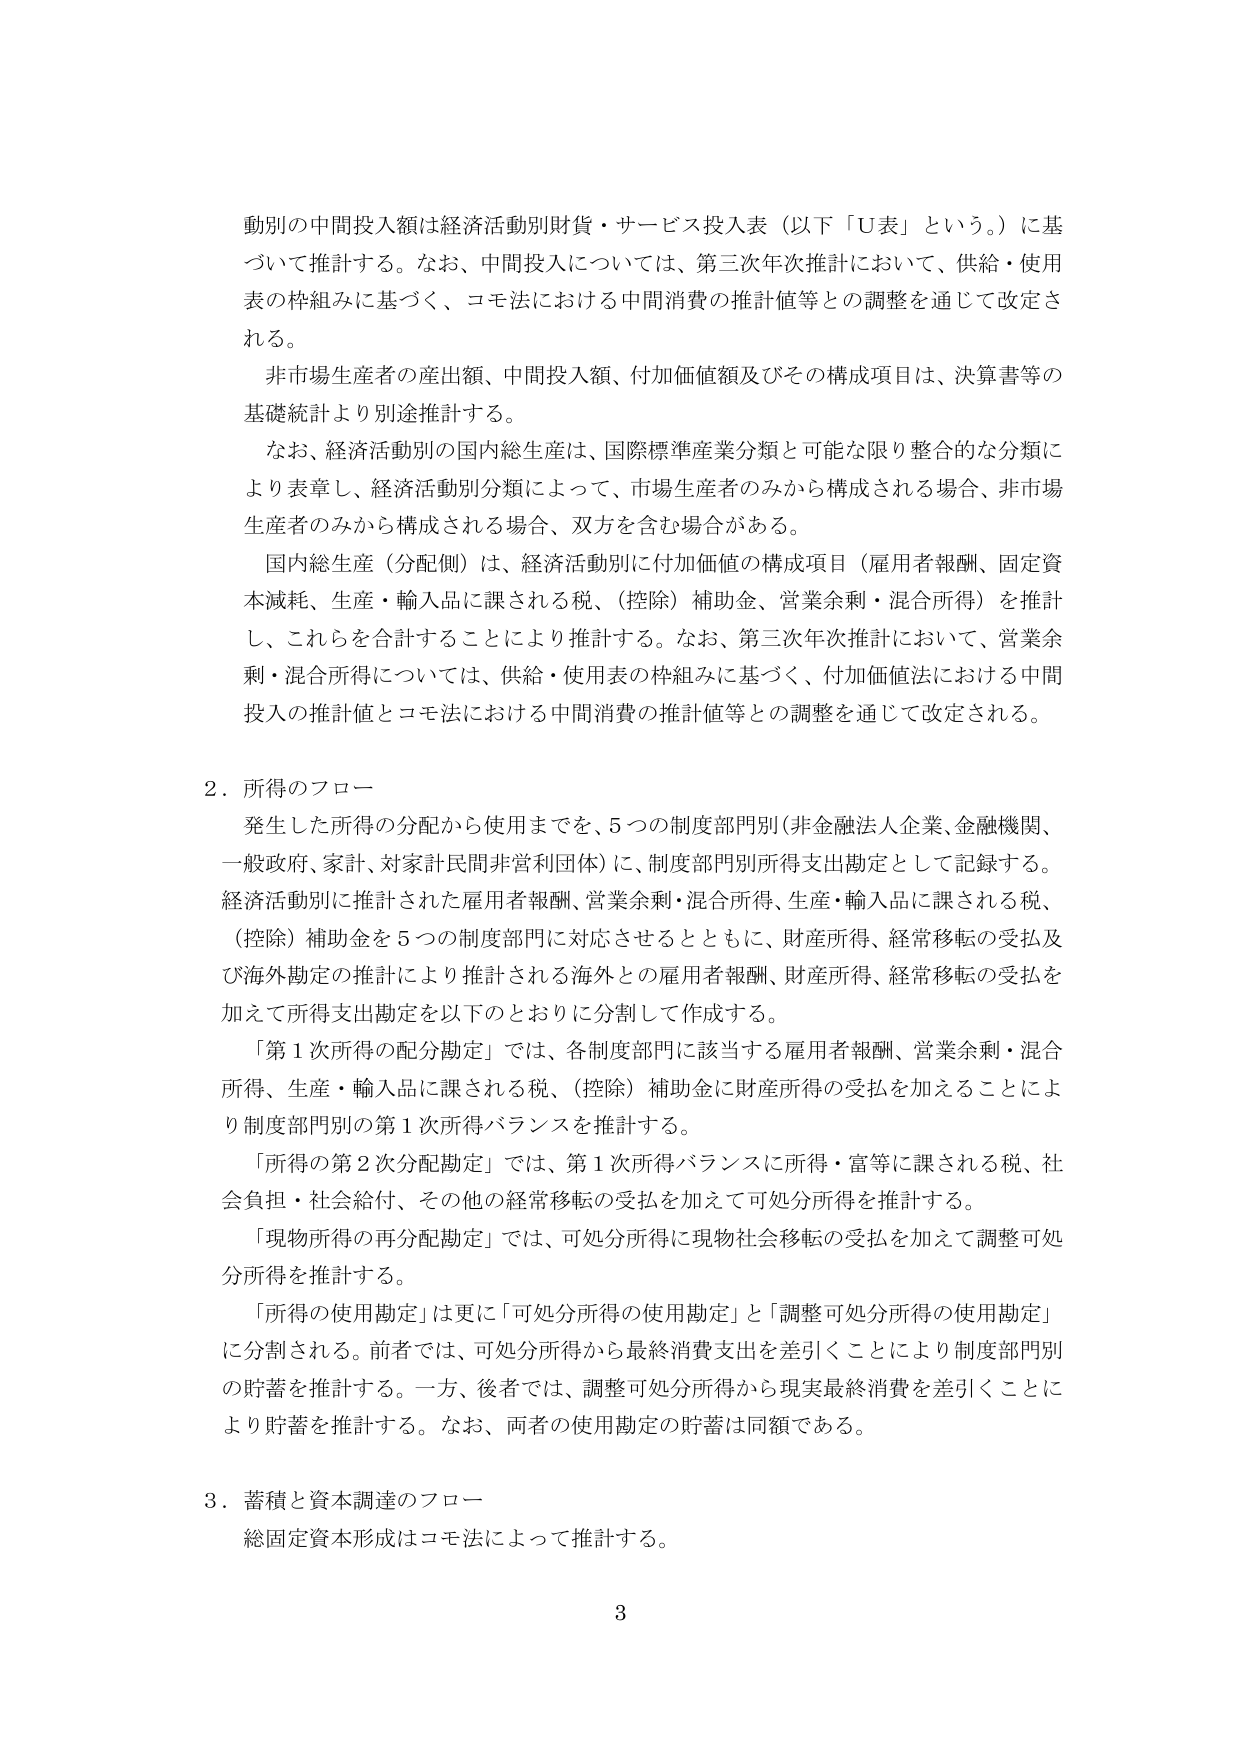
動別の中間投入額は経済活動別財貨・サービス投入表（以下「U表」という。）に基づいて推計する。なお、中間投入については、第三次年次推計において、供給・使用表の枠組みに基づく、コモ法における中間消費の推計値等との調整を通じて改定される。

非市場生産者の産出額、中間投入額、付加価値額及びその構成項目は、決算書等の基礎統計より別途推計する。

なお、経済活動別の国内総生産は、国際標準産業分類と可能な限り整合的な分類により表章し、経済活動別分類によって、市場生産者のみから構成される場合、非市場生産者のみから構成される場合、双方を含む場合がある。

国内総生産（分配側）は、経済活動別に付加価値の構成項目（雇用者報酬、固定資本減耗、生産・輸入品に課される税、（控除）補助金、営業余剰・混合所得）を推計し、これらを合計することにより推計する。なお、第三次年次推計において、営業余剰・混合所得については、供給・使用表の枠組みに基づく、付加価値法における中間投入の推計値とコモ法における中間消費の推計値等との調整を通じて改定される。

2．所得のフロー

発生した所得の分配から使用までを、5つの制度部門別（非金融法人企業、金融機関、一般政府、家計、対家計民間非営利団体）に、制度部門別所得支出勘定として記録する。経済活動別に推計された雇用者報酬、営業余剰・混合所得、生産・輸入品に課される税、（控除）補助金を5つの制度部門に対応させるとともに、財産所得、経常移転の受払及び海外勘定の推計により推計される海外との雇用者報酬、財産所得、経常移転の受払を加えて所得支出勘定を以下のとおりに分割して作成する。

「第1次所得の配分勘定」では、各制度部門に該当する雇用者報酬、営業余剰・混合所得、生産・輸入品に課される税、（控除）補助金に財産所得の受払を加えることにより制度部門別の第1次所得バランスを推計する。

「所得の第2次分配勘定」では、第1次所得バランスに所得・富等に課される税、社会負担・社会給付、その他の経常移転の受払を加えて可処分所得を推計する。

「現物所得の再分配勘定」では、可処分所得に現物社会移転の受払を加えて調整可処分所得を推計する。

「所得の使用勘定」は更に「可処分所得の使用勘定」と「調整可処分所得の使用勘定」に分割される。前者では、可処分所得から最終消費支出を差引くことにより制度部門別の貯蓄を推計する。一方、後者では、調整可処分所得から現実最終消費を差引くことにより貯蓄を推計する。なお、両者の使用勘定の貯蓄は同額である。

3．蓄積と資本調達のフロー

総固定資本形成はコモ法によって推計する。

3